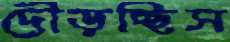
দৌড়চ্ছিস